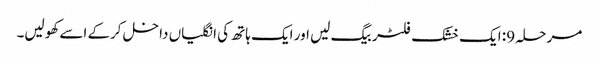
مرحلہ 9: ایک خشک فلٹر بیگ لیں اور ایک ہاتھ کی انگلیاں داخل کرکے اسے کھولیں۔